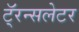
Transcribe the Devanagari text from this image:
टॅ्रन्सलेटर